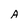
Character: A